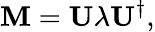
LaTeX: \mathbf{M}=\mathbf{U}\lambda\mathbf{U}^{\dagger},